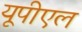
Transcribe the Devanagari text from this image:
यूपीएल